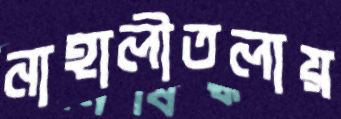
নাহালীতলায়